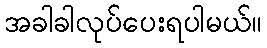
အခါခါလုပ်ပေးရပါမယ်။